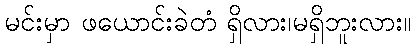
မင်းမှာ ဖယောင်းခဲတံ ရှိလား၊မရှိဘူးလား။